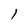
Character: 1